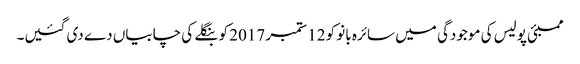
ممبئی پولیس کی موجودگی میں سائرہ بانو کو 12 ستمبر 2017 کو بنگلے کی چابیاں دے دی گئیں۔